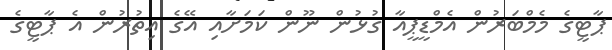
ޕާޓީގެ މެމްބަރުން އެމްޑީޕީއާ ގުޅުން ނޫން ކަމަށާއި އޭގެ އިތުރުން އެ ޕާޓީގެ